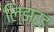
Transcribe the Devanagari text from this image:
लिझर्ड